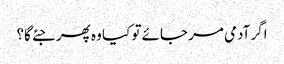
اگر آدمی مر جائے تو کیا وہ پھر جئے گا؟